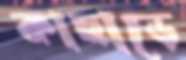
কাছাড়ে